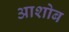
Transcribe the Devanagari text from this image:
आशोब